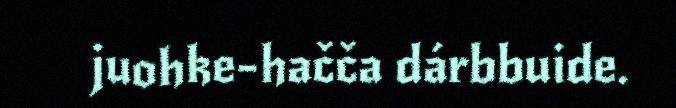
juohke-hačča dárbbuide.